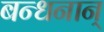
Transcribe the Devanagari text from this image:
बन्धनान्